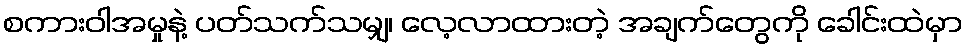
စကားဝါအမှုနဲ့ ပတ်သက်သမျှ၊ လေ့လာထားတဲ့ အချက်တွေကို ခေါင်းထဲမှာ